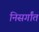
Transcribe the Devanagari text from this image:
निसर्गांत